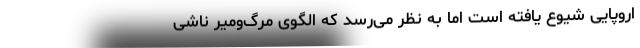
اروپایی شیوع یافته است اما به نظر می‌‌رسد که الگوی مرگ‌و‌میر ناشی